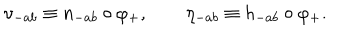
\nu _ { - a b } \equiv n _ { - a b } \circ \varphi _ { + } , \qquad \eta _ { - a b } \equiv h _ { - a b } \circ \varphi _ { + } .